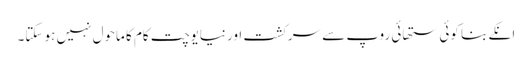
انکے بنا کوئی ستھائی روپ سے سرکشت اور نیایوچت کام کا ماحول نہیں ہو سکتا۔